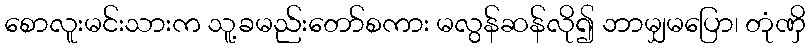
စောလူးမင်းသားက သူ့ခမည်းတော်စကား မလွန်ဆန်လို၍ ဘာမျှမပြော၊ တုံဏှိ